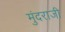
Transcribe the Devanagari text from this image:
मुंदराजी